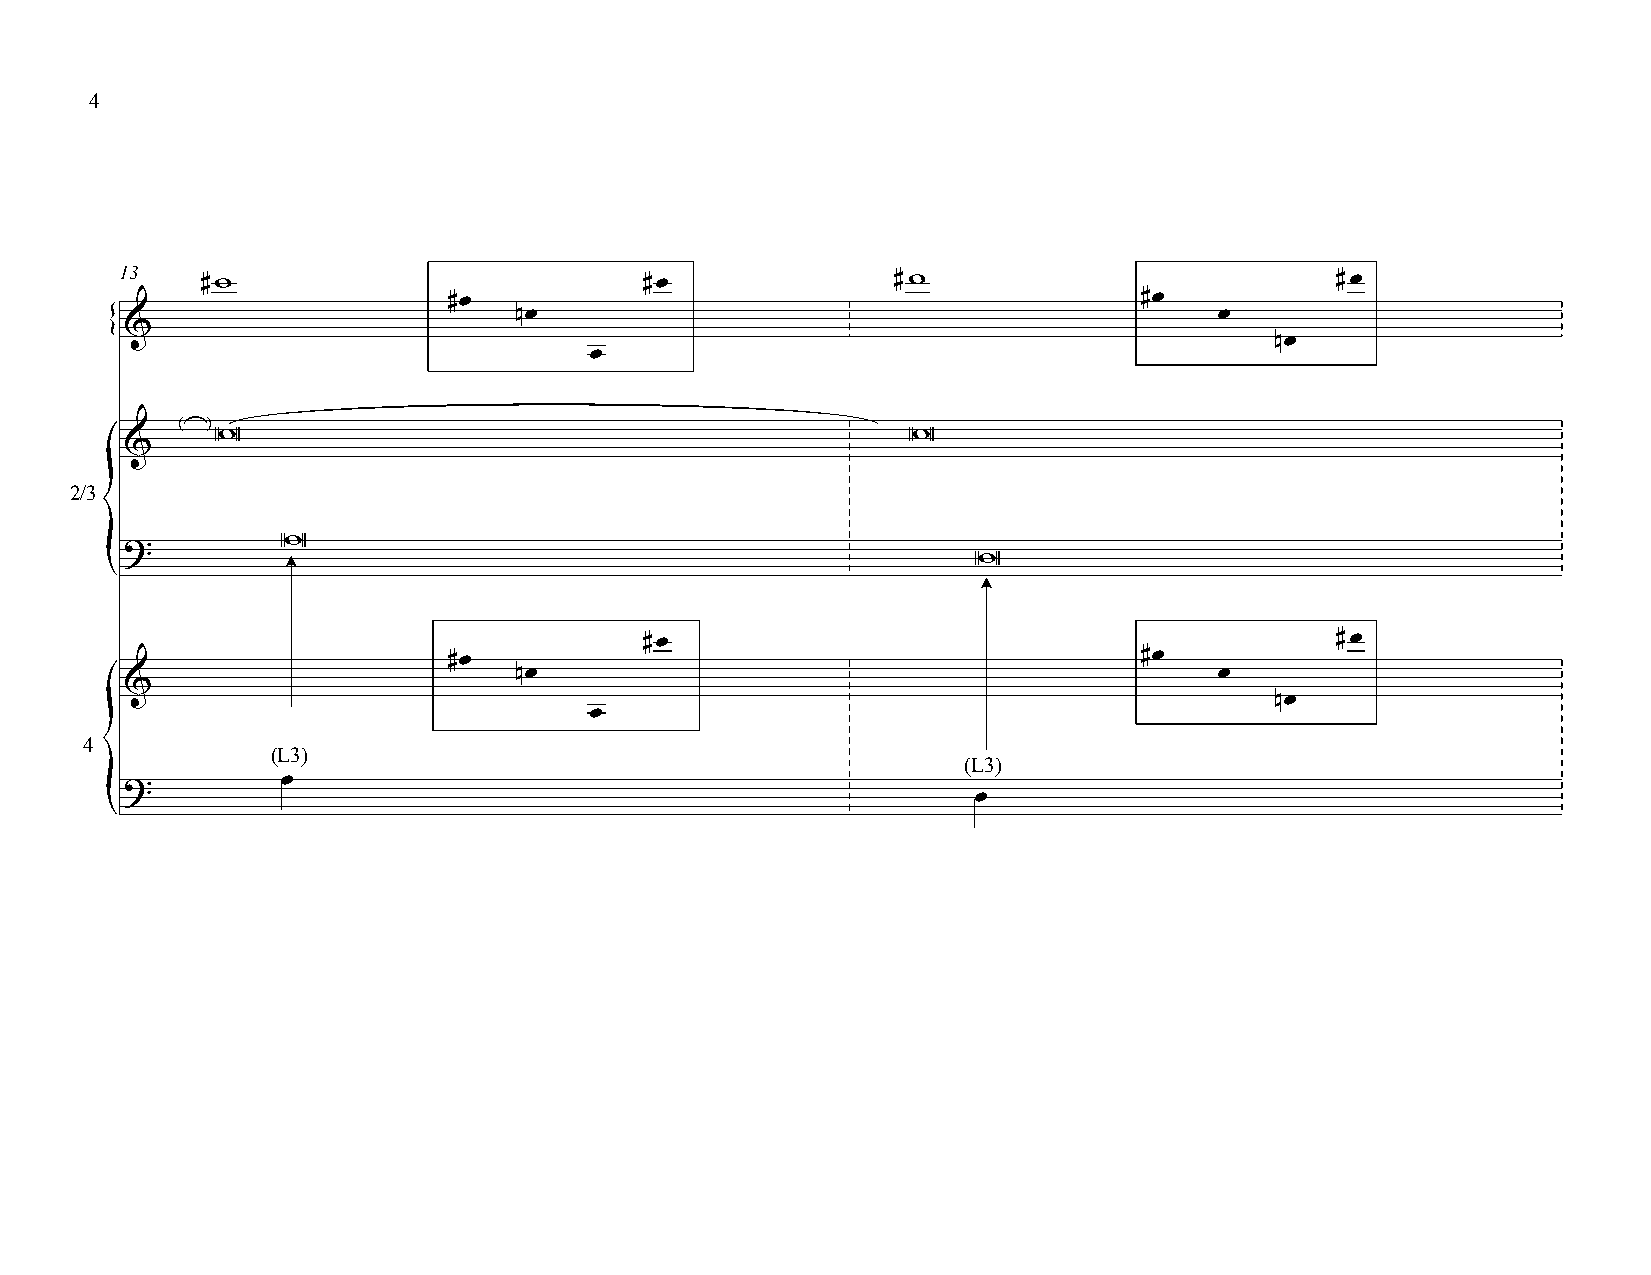
4
 13
 #w                            #œ              #w                           #œ
 #œ                                           #œ
 nœ                                             œ
 &
 {                                                                            nœ
 œ
 : ;W                                            W
 &
 2/3
 W
 ?
 W
 {
 #œ                                           #œ
 #œ                                           #œ
 nœ                                             œ
 &
 nœ
 œ
 4
 (L3)
 (L3)
 œ
 ?
 œ
 {